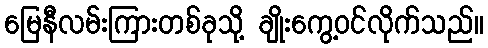
မြေနီလမ်းကြားတစ်ခုသို့ ချိုးကွေ့ဝင်လိုက်သည်။